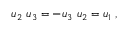
u _ { 2 } \ u _ { 3 } = - u _ { 3 } \ u _ { 2 } = u _ { 1 } ~ ,